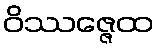
ဝိဿဇ္ဇေထ